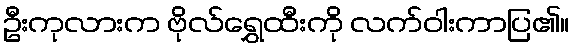
ဦးကုလားက ဗိုလ်ရွှေထီးကို လက်ဝါးကာပြ၏။